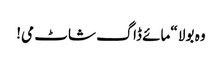
وہ بولا “مائے ڈاگ شاٹ می!